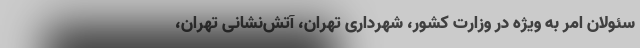
سئولان امر به ویژه در وزارت کشور، شهرداری تهران، آتش‌نشانی تهران،